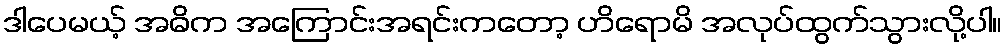
ဒါပေမယ့် အဓိက အကြောင်းအရင်းကတော့ ဟိရောမိ အလုပ်ထွက်သွားလို့ပါ။